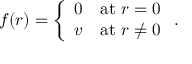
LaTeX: f ( r ) = \left\{ \begin{array} { l l } { { 0 } } & { { \mathrm { a t ~ } r = 0 } } \\ { { v } } & { { \mathrm { a t ~ } r \ne 0 } } \end{array} \right. .